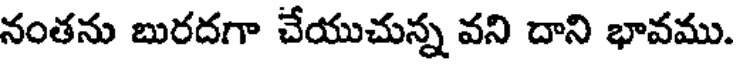
నంతను బురదగా చేయుచున్న వని దాని భావము.